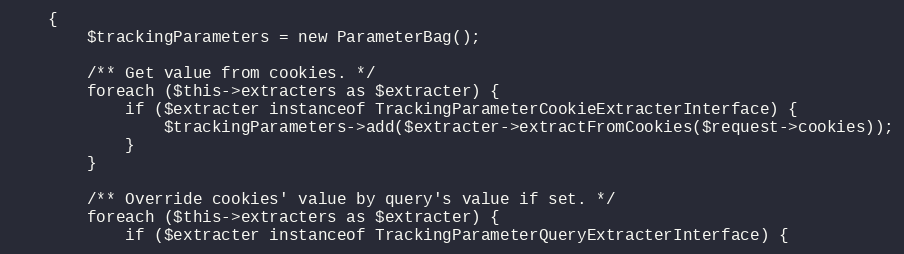
Language: PHP
    {
        $trackingParameters = new ParameterBag();

        /** Get value from cookies. */
        foreach ($this->extracters as $extracter) {
            if ($extracter instanceof TrackingParameterCookieExtracterInterface) {
                $trackingParameters->add($extracter->extractFromCookies($request->cookies));
            }
        }

        /** Override cookies' value by query's value if set. */
        foreach ($this->extracters as $extracter) {
            if ($extracter instanceof TrackingParameterQueryExtracterInterface) {